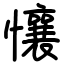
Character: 懹